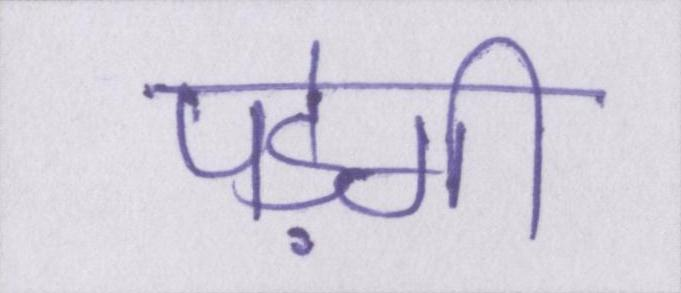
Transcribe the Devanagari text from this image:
पड़ेगी